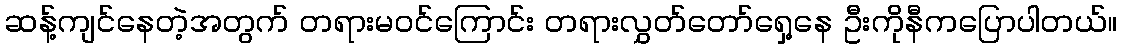
ဆန့်ကျင်နေတဲ့အတွက် တရားမဝင်ကြောင်း တရားလွှတ်တော်ရှေ့နေ ဦးကိုနီကပြောပါတယ်။